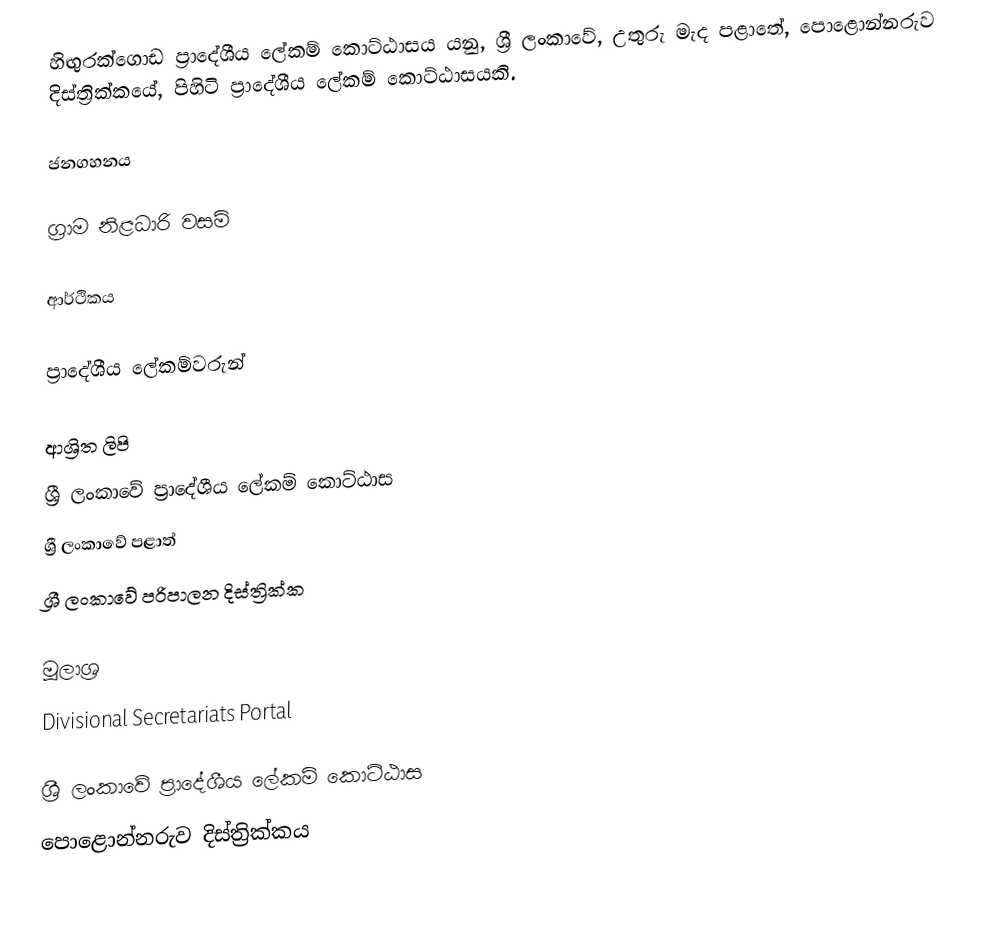
හිඟුරක්ගොඩ ප්‍රාදේශීය ලේකම් කොට්ඨාසය යනු,  ශ්‍රී ලංකාවේ,  උතුරු මැද පළාතේ,   පොළොන්නරුව දිස්ත්‍රික්කයේ, පිහිටි ප්‍රාදේශීය ලේකම් කොට්ඨාසයකි.

ජනගහනය

ග්‍රාම නිළධාරි වසම්

ආර්ථිකය

ප්‍රාදේශීය ලේකම්වරුන්

ආශ්‍රිත ලිපි
ශ්‍රී ලංකාවේ ප්‍රාදේශීය ලේකම් කොට්ඨාස
ශ්‍රී ලංකාවේ පළාත්
ශ්‍රී ලංකාවේ පරිපාලන දිස්ත්‍රික්ක

මූලාශ්‍ර
 Divisional Secretariats Portal

ශ්‍රී ලංකාවේ ප්‍රාදේශීය ලේකම් කොට්ඨාස
පොළොන්නරුව දිස්ත්‍රික්කය